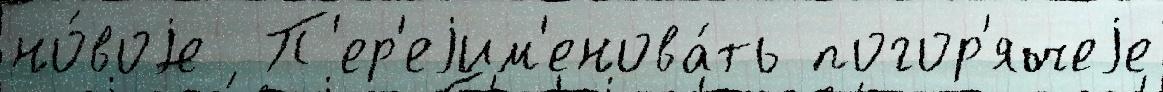
но́воjе  П'ер'еjим'енова́ть погор'ячеjе